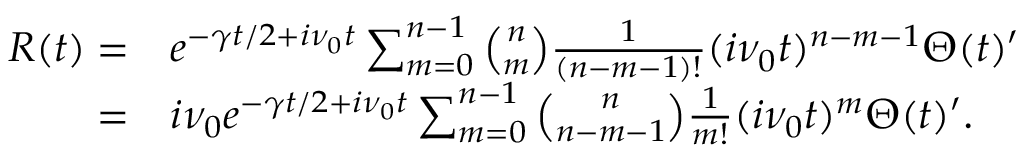
\begin{array} { r l } { R ( t ) = } & { e ^ { - \gamma t / 2 + i \nu _ { 0 } t } \sum _ { m = 0 } ^ { n - 1 } \binom { n } { m } \frac { 1 } { ( n - m - 1 ) ! } ( i \nu _ { 0 } t ) ^ { n - m - 1 } \Theta ( t ) ^ { \prime } } \\ { = } & { i \nu _ { 0 } e ^ { - \gamma t / 2 + i \nu _ { 0 } t } \sum _ { m = 0 } ^ { n - 1 } \binom { n } { n - m - 1 } \frac { 1 } { m ! } ( i \nu _ { 0 } t ) ^ { m } \Theta ( t ) ^ { \prime } . } \end{array}